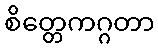
စိတ္တေကဂ္ဂတာ